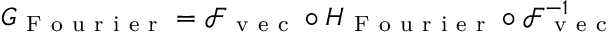
G _ { \mathrm { ~ F ~ o ~ u ~ r ~ i ~ e ~ r ~ } } = \mathcal { F } _ { \mathrm { ~ v ~ e ~ c ~ } } \circ H _ { \mathrm { ~ F ~ o ~ u ~ r ~ i ~ e ~ r ~ } } \circ \mathcal { F } _ { \mathrm { ~ v ~ e ~ c ~ } } ^ { - 1 }